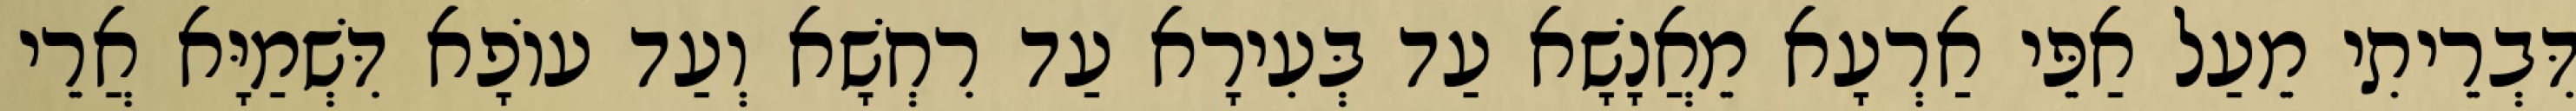
דִּבְרֵיתִי מֵעַל אַפֵּי אַרְעָא מֵאֲנָשָׁא עַד בְּעִירָא עַד רִחְשָׁא וְעַד עוֹפָא דִּשְׁמַיָּא אֲרֵי